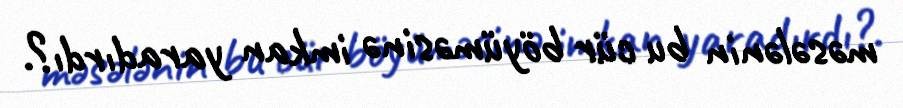
məsələnin bu cür böyüməsinə imkan yaradırdı?.